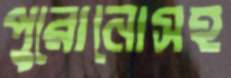
পুরোনোসহ